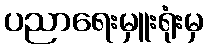
ပညာရေးမှူးရုံးမှ